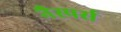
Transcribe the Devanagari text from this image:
नैस्पर्स